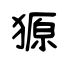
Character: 獂